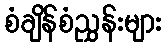
စံချိန်စံညွှန်းများ